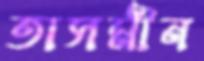
তাসমীন